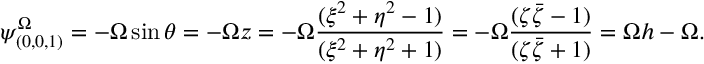
\psi _ { ( 0 , 0 , 1 ) } ^ { \Omega } = - \Omega \sin \theta = - \Omega z = - \Omega \frac { ( \xi ^ { 2 } + \eta ^ { 2 } - 1 ) } { ( \xi ^ { 2 } + \eta ^ { 2 } + 1 ) } = - \Omega \frac { ( \zeta \bar { \zeta } - 1 ) } { ( \zeta \bar { \zeta } + 1 ) } = \Omega h - \Omega .